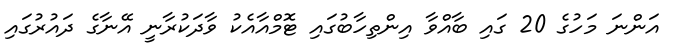
އަންނަ މަހުގެ 20 ގައި ބާއްވާ އިންތިހާބުގައި ޓޮމްއާއެކު ވާދަކުރާނީ އޭނާގެ ދައުރުގައި